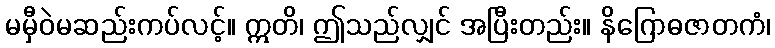
မမှီဝဲမဆည်းကပ်လင့်။ ဣတိ၊ ဤသည်လျှင် အပြီးတည်း။ နိဂြောဓဇာတကံ၊